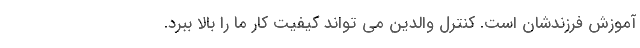
آموزش فرزندشان است. کنترل والدین می تواند کیفیت کار ما را بالا ببرد.